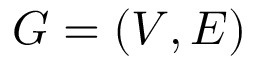
G = ( \boldsymbol { V } , \boldsymbol { E } )